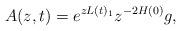
LaTeX: \begin{align*}A(z,t)=e^{zL(t)_1}z^{-2H(0)}g,\end{align*}